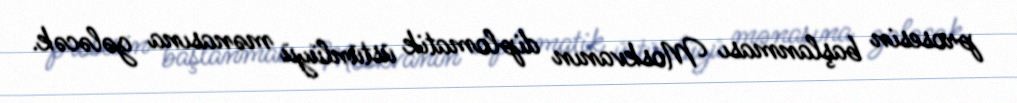
prosesin başlanması Moskvanın diplomatik üstünlüyü mənasına gələcək.